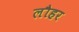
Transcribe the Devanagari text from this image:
लौहर